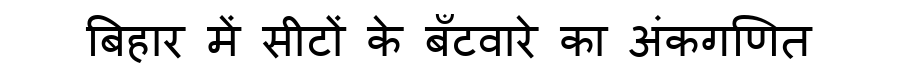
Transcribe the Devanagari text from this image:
बिहार में सीटों के बँटवारे का अंकगणित